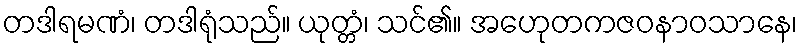
တဒါရမဏံ၊ တဒါရုံသည်။ ယုတ္တံ၊ သင်၏။ အဟေုတကဇဝနာဝသာနေ၊